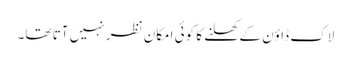
لاک ڈاؤن کے کھلنے کا کوئی امکان نظر نہیں آتا تھا۔